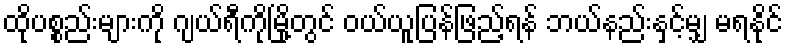
ထိုပစ္စည်းများကို ဂျယ်ရီကိုမြို့တွင် ဝယ်ယူပြန်ဖြည့်ရန် ဘယ်နည်းနှင့်မျှ မရနိုင်